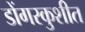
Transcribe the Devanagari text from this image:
डोंगरकुशीत